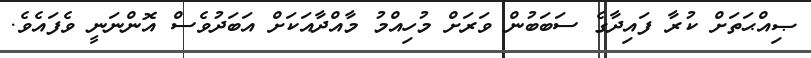
ޞިއްޙަތަށް ކުރާ ފައިދާގެ ސަބަބުން ވަރަށް މުހިއްމު މާއްދާއަކަށް އަބަދުވެސް އޮންނަނީ ވެފައެވެ.